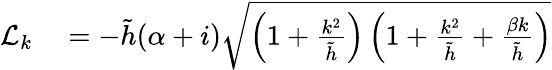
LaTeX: \begin{array}{rl}{\mathcal{L}_{k}}&{{}=-\tilde{h}(\alpha+i)\sqrt{\left(1+\frac{k^{2}}{\tilde{h}}\right)\left(1+\frac{k^{2}}{\tilde{h}}+\frac{\beta k}{\tilde{h}}\right)}}\end{array}